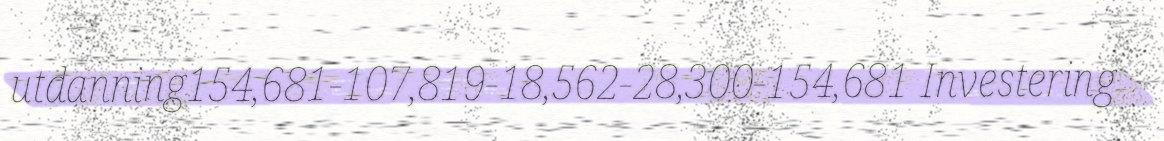
utdanning154,681-107,819-18,562-28,300-154,681 Investering